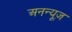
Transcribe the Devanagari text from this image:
अनन्यूज़